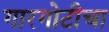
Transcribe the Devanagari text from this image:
गारगोटीचा